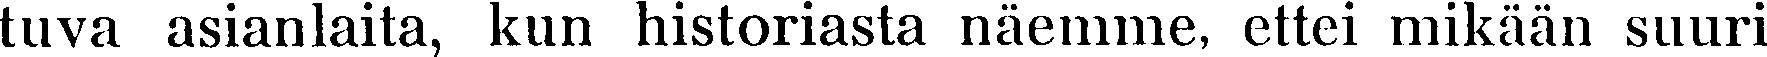
tuva asianlaita, kun historiasta näemme, ettei mikään suuri